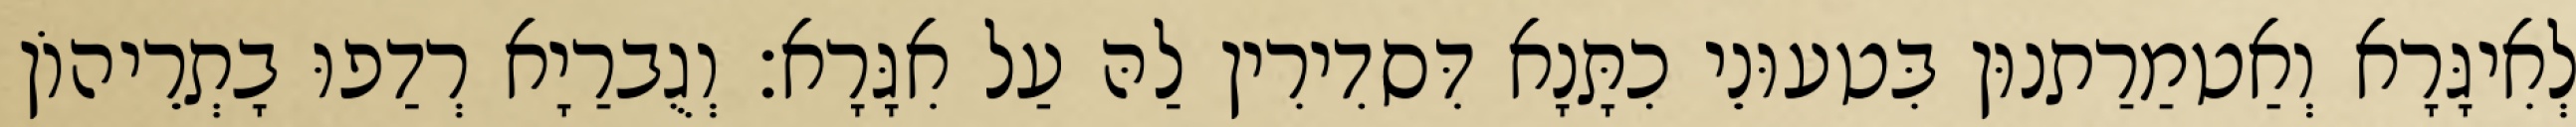
לְאִיגָּרָא וְאַטמַרַתנוּן בִּטעוּנֵי כִתָּנָא דִּסדִירִין לַהּ עַל אִגָּרָא׃ וְגֻברַיָא רְדַפוּ בָתְרֵיהוֹן